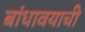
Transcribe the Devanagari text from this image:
बांधावयाची